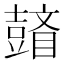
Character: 𱳊